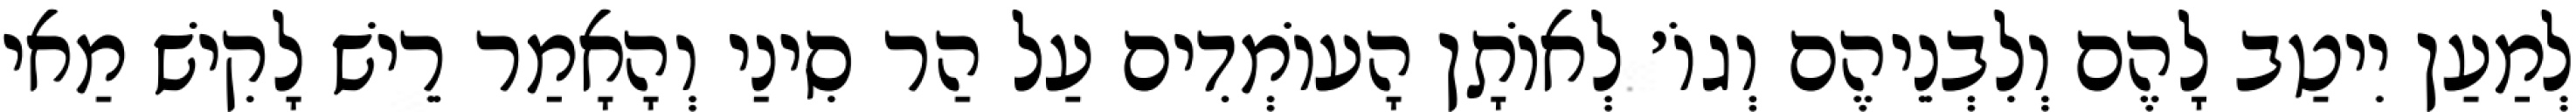
לְמַעַן יִיטַב לָהֶם וְלִבְנֵיהֶם וְגוֹ׳ לְאוֹתָן הָעוֹמְדִים עַל הַר סִינַי וְהָאָמַר רֵישׁ לָקִישׁ מַאי